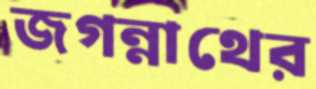
জগন্নাথের